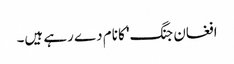
افغان جنگ' کا نام دے رہے ہیں۔